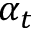
\alpha _ { t }